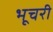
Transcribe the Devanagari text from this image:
भूचरी